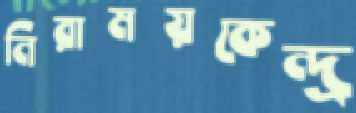
নিরাময়কেন্দ্র